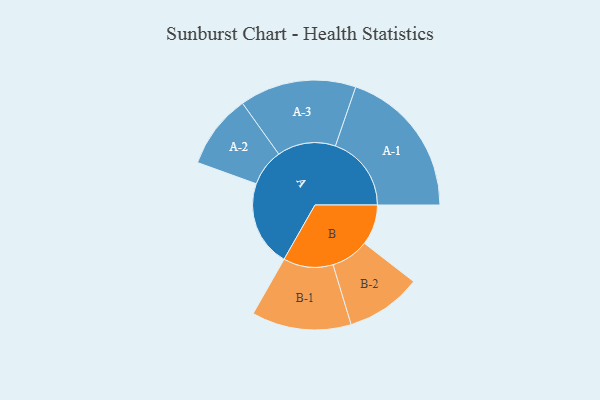
{"axis": {"x": "Segment", "y": "Value"}, "legend": ["", "A", "B"], "data": [{"x": "A", "y": 331, "type": ""}, {"x": "B", "y": 156, "type": ""}, {"x": "A-1", "y": 293, "type": "A"}, {"x": "A-2", "y": 143, "type": "A"}, {"x": "A-3", "y": 225, "type": "A"}, {"x": "B-1", "y": 192, "type": "B"}, {"x": "B-2", "y": 146, "type": "B"}]}